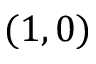
( 1 , 0 )